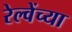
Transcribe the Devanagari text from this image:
रेल्वेंच्या